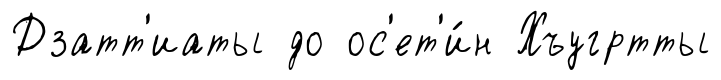
Дзатт'иаты до ос'ет'и́н Хъугртты